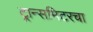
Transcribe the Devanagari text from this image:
ट्रान्समिटरचा